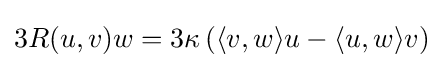
3R(u,v)w=3\kappa \left(\langle v,w\rangle u-\langle u,w\rangle v\right)